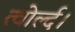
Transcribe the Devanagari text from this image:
त्वोर्ल्द।